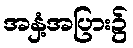
အနှံ့အပြား၌